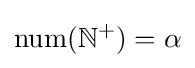
\mathrm {num} (\mathbb {N^{+}} )=\alpha